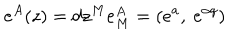
e ^ { A } ( z ) = d z ^ { M } e _ { M } ^ { A } = ( e ^ { a } , ~ e ^ { \alpha q } )